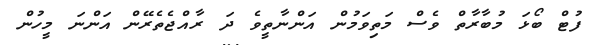
ފުޓް ބޯޅަ މުބާރާތް ވެސް މަތިވަމުން އަންނާތީވެ ދަ ރާއްޖެތެރޭން އަންނަ މީހުން